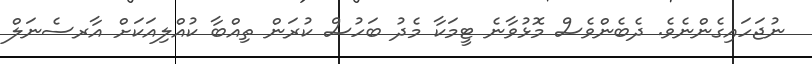
ނުޖަހައިގެންނެވެ. ދެބެންވެސް މޮޅުވާނެ ޓީމަކާ މެދު ބަހުސް ކުރަން ތިއްބާ ކުއްލިއަކަށް އާރސެނަލް